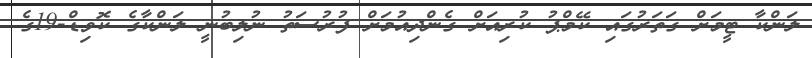
ލަންކާ ޓީމަށް ގަތަރުގައި ކޭމްޕު ކުރިއަށް ގެންދިއުމަށް ފުރުސަތު ނުލިބުނީ ލަންކާގެ ކޮވިޑް-19ގެ